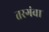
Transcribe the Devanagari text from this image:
तरगंवा